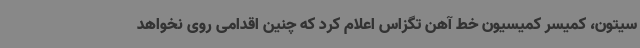
سیتون، کمیسر کمیسیون خط آهن تگزاس اعلام کرد که چنین اقدامی روی نخواهد